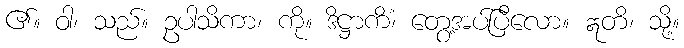
၏။ ဝါ၊ သည်။ ဥပါသိကာ၊ ကို။ ဒိဋ္ဌာကိံ၊ တွေ့အပ်ပြီလော။ ဣတိ၊ သို့။